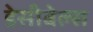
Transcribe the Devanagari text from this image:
डेसीबेल्स